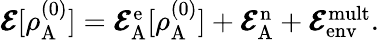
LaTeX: \begin{array}{r}{\pmb{\mathcal{E}}[\rho_{\mathrm{A}}^{(0)}]=\pmb{\mathcal{E}}_{\mathrm{A}}^{\mathrm{e}}[\rho_{\mathrm{A}}^{(0)}]+\pmb{\mathcal{E}}_{\mathrm{A}}^{\mathrm{n}}+\pmb{\mathcal{E}}_{\mathrm{env}}^{\mathrm{mult}}.}\end{array}